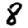
Digit: 8